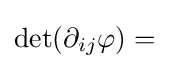
\displaystyle \det(\partial _{ij}\varphi )=